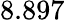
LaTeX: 8.897